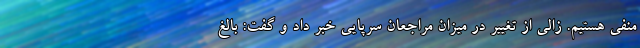
منفی هستیم. زالی از تغییر در میزان مراجعان سرپایی خبر داد و گفت: بالغ